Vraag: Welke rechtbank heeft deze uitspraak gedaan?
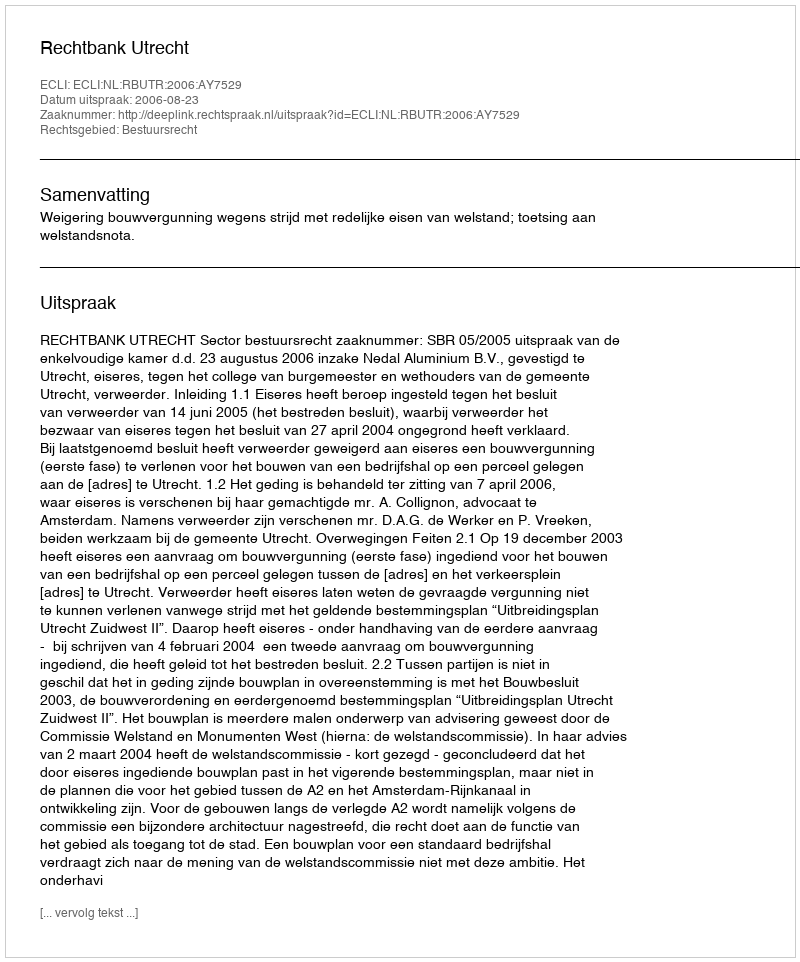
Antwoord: Rechtbank Utrecht